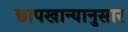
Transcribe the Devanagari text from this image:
छापखान्यानुसार